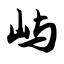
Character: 屿